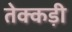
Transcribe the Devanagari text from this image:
तेक्कड़ी